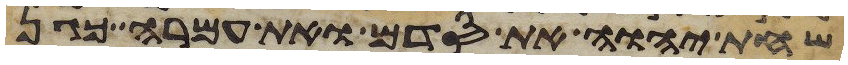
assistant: שחת יהוה את סדם ואת עמרה כגן